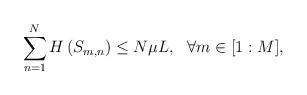
LaTeX: \begin{align*}& \sum_{n=1}^N H\left(S_{m,n} \right) \leq N \mu L, ~~\forall m \in [1:M],\end{align*}